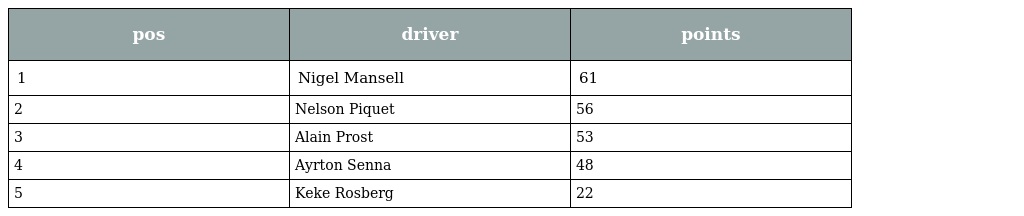
| pos | driver | points |
 | --- | --- | --- |
 | 1 | Nigel Mansell | 61 |
 | 2 | Nelson Piquet | 56 |
 | 3 | Alain Prost | 53 |
 | 4 | Ayrton Senna | 48 |
 | 5 | Keke Rosberg | 22 |